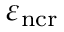
\varepsilon _ { \mathrm { n { c r } } }